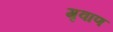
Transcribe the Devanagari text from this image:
गृवाण